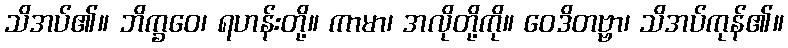
သိအပ်၏။ ဘိက္ခဝေ၊ ရဟန်းတို့။ ကာမာ၊ အလိုတို့ကို။ ဝေဒိတဗ္ဗာ၊ သိအပ်ကုန်၏။